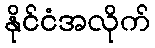
နိုင်ငံအလိုက်